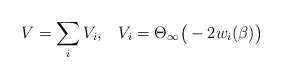
\begin{align*}V = \sum_i V_i,\; \; \; V_i = \Theta_\infty\big(- 2 w_i(\beta)\big)\end{align*}